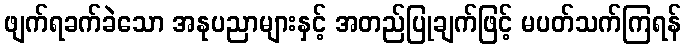
ဖျက်ရခက်ခဲသော အနုပညာများနှင့် အတည်ပြုချက်ဖြင့် မပတ်သက်ကြရန်